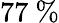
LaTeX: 77\ \%